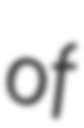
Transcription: of